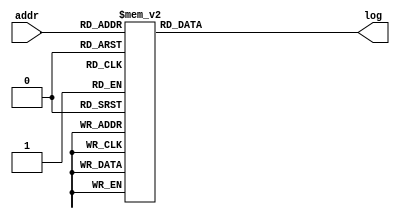
`define DEFINES_DONE
`define EXPONENT 5
`define MANTISSA 10
`define SIGN 1
`define DATAWIDTH (`SIGN+`EXPONENT+`MANTISSA)
`define IEEE_COMPLIANCE 1
`define NUM 8
`define ADDRSIZE 7
`define ADDRSIZE_FOR_TB 10
`define EXPONENT 5
`define MANTISSA 10
`define ACTUAL_MANTISSA 11
`define EXPONENT_LSB 10
`define EXPONENT_MSB 14
`define MANTISSA_LSB 0
`define MANTISSA_MSB 9
`define MANTISSA_MUL_SPLIT_LSB 3
`define MANTISSA_MUL_SPLIT_MSB 9
`define SIGN 1
`define SIGN_LOC 15
`define DWIDTH (`SIGN+`EXPONENT+`MANTISSA)
`define IEEE_COMPLIANCE 1
`define EXPONENT 5
`define MANTISSA 10
`define ACTUAL_MANTISSA 11
`define EXPONENT_LSB 10
`define EXPONENT_MSB 14
`define MANTISSA_LSB 0
`define MANTISSA_MSB 9
`define MANTISSA_MUL_SPLIT_LSB 3
`define MANTISSA_MUL_SPLIT_MSB 9
`define SIGN 1
`define SIGN_LOC 15
`define DWIDTH (`SIGN+`EXPONENT+`MANTISSA)
`define IEEE_COMPLIANCE 1
`define EXPONENT 5
`define MANTISSA 10
`define ACTUAL_MANTISSA 11
`define EXPONENT_LSB 10
`define EXPONENT_MSB 14
`define MANTISSA_LSB 0
`define MANTISSA_MSB 9
`define MANTISSA_MUL_SPLIT_LSB 3
`define MANTISSA_MUL_SPLIT_MSB 9
`define SIGN 1
`define SIGN_LOC 15
`define DWIDTH (`SIGN+`EXPONENT+`MANTISSA)
`define IEEE_COMPLIANCE 1

module LUT2(addr, log);
    input [5:0] addr;
    output reg [15:0] log;

    always @(addr) begin
        case (addr)
			6'b0 		: log = 16'b0000000000000000;
			6'b1 		: log = 16'b0010001111110000;
			6'b10 		: log = 16'b0010011111100001;
			6'b11 		: log = 16'b0010100111011101;
			6'b100 		: log = 16'b0010101111000011;
			6'b101 		: log = 16'b0010110011010000;
			6'b110 		: log = 16'b0010110110111100;
			6'b111 		: log = 16'b0010111010100101;
			6'b1000 		: log = 16'b0010111110001010;
			6'b1001 		: log = 16'b0011000000110110;
			6'b1010 		: log = 16'b0011000010100101;
			6'b1011 		: log = 16'b0011000100010011;
			6'b1100 		: log = 16'b0011000110000000;
			6'b1101 		: log = 16'b0011000111101011;
			6'b1110 		: log = 16'b0011001001010101;
			6'b1111 		: log = 16'b0011001010111101;
			6'b10000 		: log = 16'b0011001100100100;
			6'b10001 		: log = 16'b0011001110001010;
			6'b10010 		: log = 16'b0011001111101110;
			6'b10011 		: log = 16'b0011010000101001;
			6'b10100 		: log = 16'b0011010001011010;
			6'b10101 		: log = 16'b0011010010001010;
			6'b10110 		: log = 16'b0011010010111010;
			6'b10111 		: log = 16'b0011010011101010;
			6'b11000 		: log = 16'b0011010100011000;
			6'b11001 		: log = 16'b0011010101000111;
			6'b11010 		: log = 16'b0011010101110100;
			6'b11011 		: log = 16'b0011010110100010;
			6'b11100 		: log = 16'b0011010111001110;
			6'b11101 		: log = 16'b0011010111111011;
			6'b11110 		: log = 16'b0011011000100111;
			6'b11111 		: log = 16'b0011011001010010;
			6'b100000 		: log = 16'b0011011001111101;
			6'b100001 		: log = 16'b0011011010100111;
			6'b100010 		: log = 16'b0011011011010001;
			6'b100011 		: log = 16'b0011011011111011;
			6'b100100 		: log = 16'b0011011100100100;
			6'b100101 		: log = 16'b0011011101001101;
			6'b100110 		: log = 16'b0011011101110101;
			6'b100111 		: log = 16'b0011011110011101;
			6'b101000 		: log = 16'b0011011111000101;
			6'b101001 		: log = 16'b0011011111101100;
			6'b101010 		: log = 16'b0011100000001001;
			6'b101011 		: log = 16'b0011100000011101;
			6'b101100 		: log = 16'b0011100000110000;
			6'b101101 		: log = 16'b0011100001000010;
			6'b101110 		: log = 16'b0011100001010101;
			6'b101111 		: log = 16'b0011100001101000;
			6'b110000 		: log = 16'b0011100001111010;
			6'b110001 		: log = 16'b0011100010001100;
			6'b110010 		: log = 16'b0011100010011110;
			6'b110011 		: log = 16'b0011100010110000;
			6'b110100 		: log = 16'b0011100011000010;
			6'b110101 		: log = 16'b0011100011010100;
			6'b110110 		: log = 16'b0011100011100101;
			6'b110111 		: log = 16'b0011100011110110;
			6'b111000 		: log = 16'b0011100100000111;
			6'b111001 		: log = 16'b0011100100011000;
			6'b111010 		: log = 16'b0011100100101001;
			6'b111011 		: log = 16'b0011100100111010;
			6'b111100 		: log = 16'b0011100101001011;
			6'b111101 		: log = 16'b0011100101011011;
			6'b111110 		: log = 16'b0011100101101011;
			6'b111111 		: log = 16'b0011100101111100;
        endcase
    end
endmodule